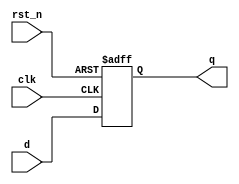
module d_flip_flop (
    input wire clk,      // Clock input
    input wire rst_n,    // Active low reset
    input wire d,       // Data input
    output reg q        // Data output
);

// Sequential logic using @ (event)
always @(posedge clk or negedge rst_n) begin
    if (!rst_n) begin
        q <= 1'b0;      // Reset output to 0
    end else begin
        q <= d;         // Capture data on rising edge of clock
    end
end

endmodule